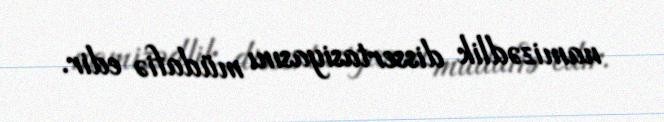
namizədlik dissertasiyasını müdafiə edir.